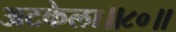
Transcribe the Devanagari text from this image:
अटकेला॥८०॥